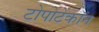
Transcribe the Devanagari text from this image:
टोपोटेकॉन